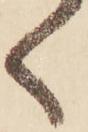
く